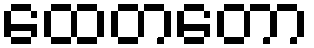
ထေတတော